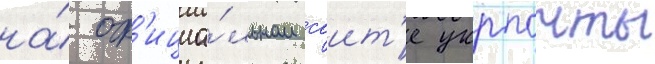
на́ оф'ициа́льном саит'е укрпочты